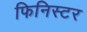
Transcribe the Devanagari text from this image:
फिनिस्टर